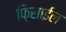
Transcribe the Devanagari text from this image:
फ़िसाईल